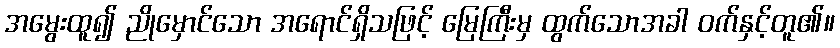
အမွေးထူ၍ ညိုမှောင်သော အရောင်ရှိသဖြင့် မြေကြီးမှ ထွက်သောအခါ ဝက်နှင့်တူ၏။